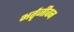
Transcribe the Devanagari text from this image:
भर्तृजीवन